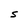
Character: S